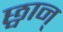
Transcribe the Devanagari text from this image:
छ्वान्